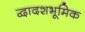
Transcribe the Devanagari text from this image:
द्वादशभूमिक